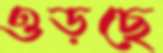
ওড়ছে